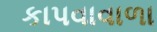
કાપવાવાળા